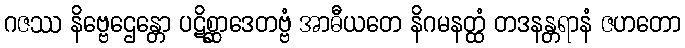
ဂဇဿ နိဗ္ဗေဌေန္တော ပဋိစ္ဆာဒေတဗ္ဗံ အာဓီယတေ နိဂမနတ္ထံ တဒနန္တရာနံ ဇဟတော